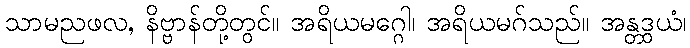
သာမညဖလ, နိဗ္ဗာန်တို့တွင်။ အရိယမဂ္ဂေါ၊ အရိယမဂ်သည်။ အန္တဒွယံ၊